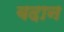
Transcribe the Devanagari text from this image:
बदान